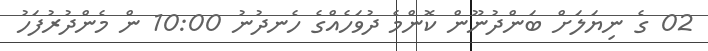
02 ގެ ނިޔަލަށް ބަންދުނޫން ކޮންމެ ދުވަހެއްގެ ހެނދުނު 10:00 ން މެންދުރުފަހު